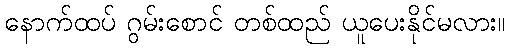
နောက်ထပ် ဂွမ်းစောင် တစ်ထည် ယူပေးနိုင်မလား။